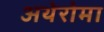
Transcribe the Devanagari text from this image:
अथेरोमा